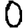
Digit: 0